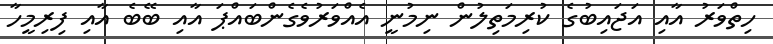
ހިތްވަރު އާއި އަޖައިބުގެ ކުރިމަތިލުން ނިމުނީ އެއްވަރުވެގެންބައްޕަ އާއި ބޭބެ އާއި ފިރިމީހާ